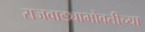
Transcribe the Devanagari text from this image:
राजवाड्याभोवतीच्या